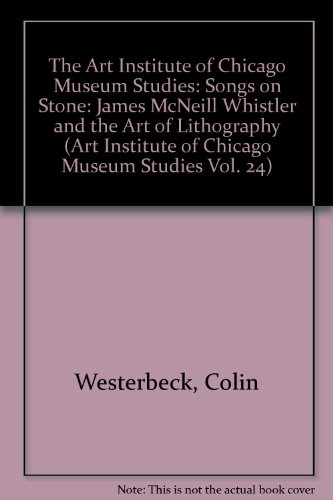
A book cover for Songs on Stone: James McNeill Whistler & the Art of Lithography; Martha; Salvesen, Britt Tedeschi; Arts & Photography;